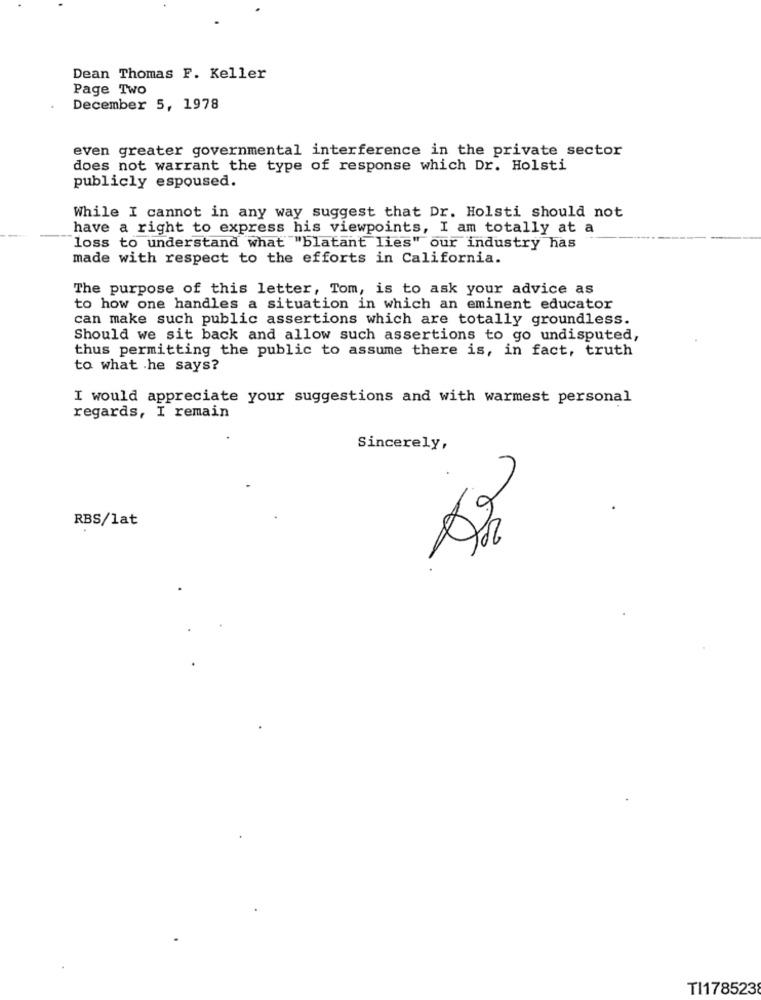
Dean Thomas F. Keller
Page Two
December 5, 1978
even greater governmental interference in the private sector
does not warrant the type of response which Dr. Holsti
publicly espoused.
While I cannot in any way suggest that Dr. Holsti should not
have a right to express his viewpoints, I am totally at a
loss to understand what "blatant lies" our industry has
made with respect to the efforts in California.
The purpose of this letter, Tom, is to ask your advice as
to how one handles a situation in which an eminent educator
can make such public assertions which are totally groundless.
Should we sit back and allow such assertions to go undisputed,
thus permitting the public to assume there is, in fact, truth
to what .he says?
I would appreciate your suggestions and with warmest personal
regards, I remain
Sincerely,
9
RBS/lat
0
TI1785238